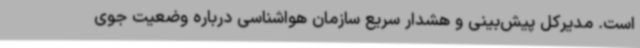
است. مدیرکل پیش‌بینی و هشدار سریع سازمان هواشناسی درباره وضعیت جوی